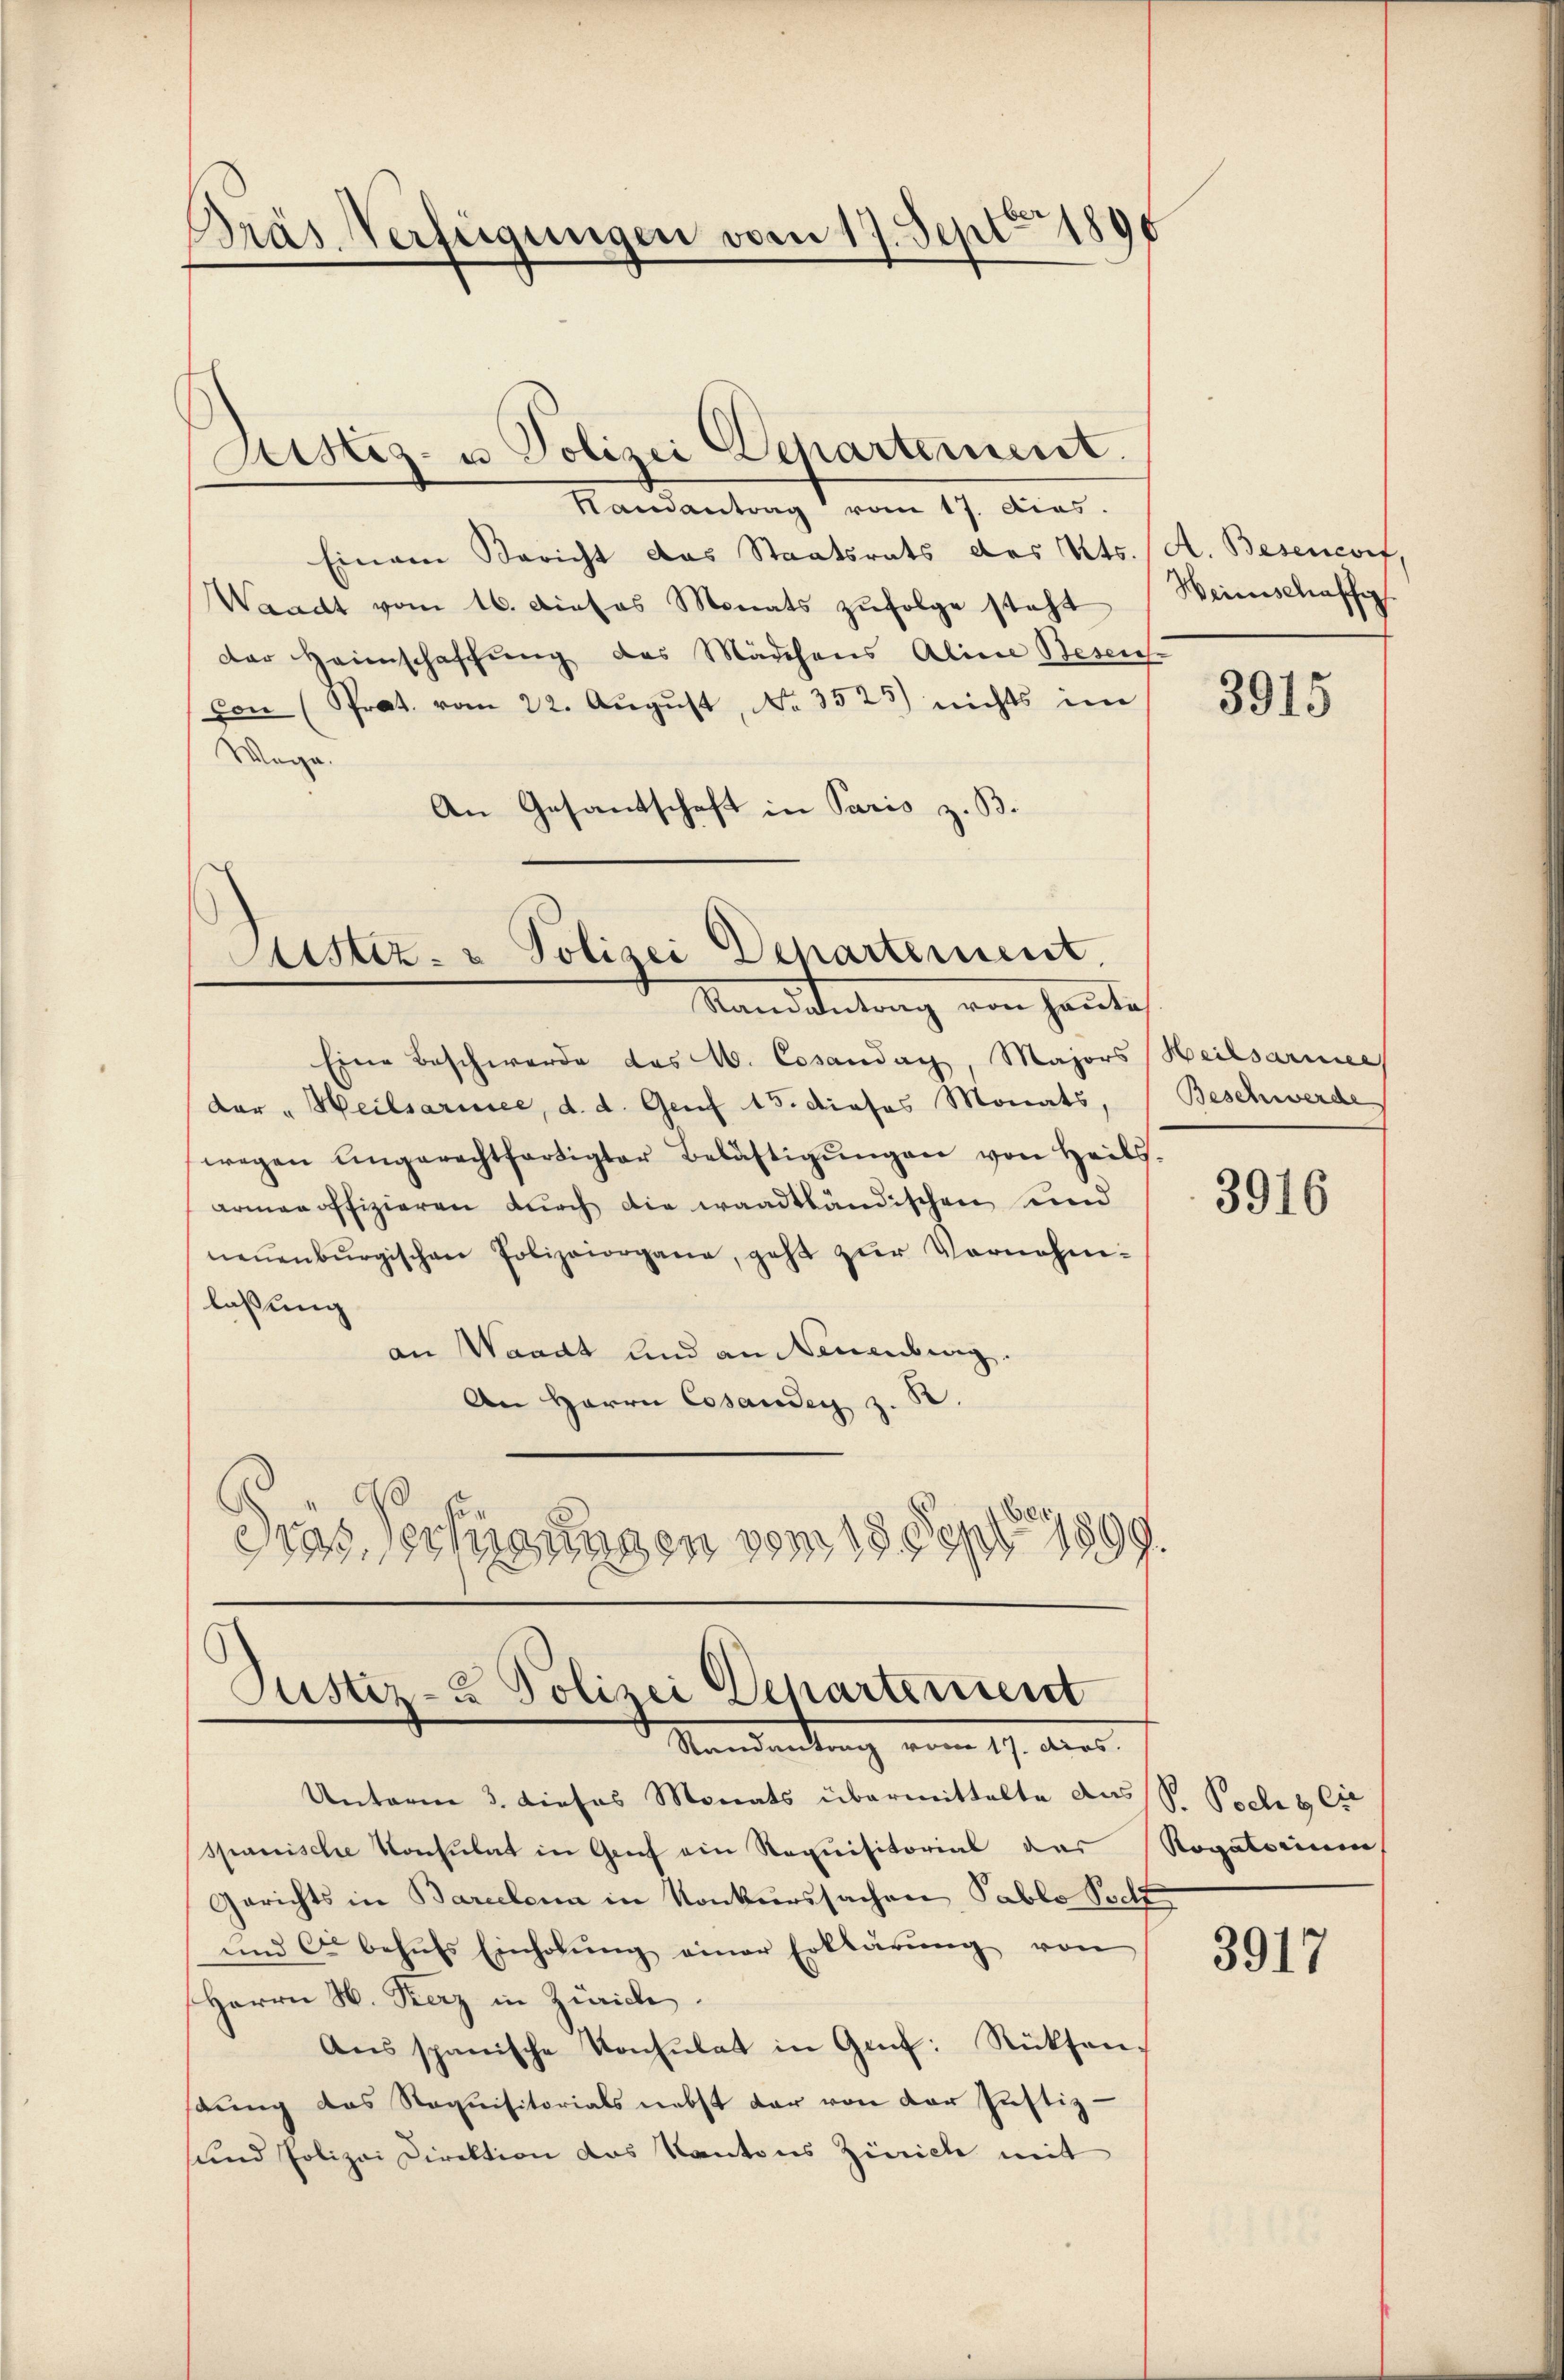
Präs. Verfügungen vom 17. Sept. 1890

Randantrag vom 17. dies
Einem Bericht das Staatsrats des Kts. / A. Besendorf,
Waadt vom 16. Dieses Monats zufolge steht
der Heimschaffung des Mädchens Aline Besen-
von (Prat. vom 22. August, No. 3525) nichts im
Wege.
An Gesandtschaft in Paris z. B.

Justiz- u Polizei Departement.

Justiz- & Polizei Departement.
Standantung von heute

Eine Beschwerde das W. Cesandach, Majors Heilsarmee
dar "Heilsarmee, d. d. Genf 15. dieses Monats,
wegen engerechtfertigter Belästigŭngen von Heils.
armenoffizieren durch die waadtländischen und
neṅenbŭrgischen Polizeiorgane, geht zur Vornehmlassung
an Waadt und an Neuenburg.
An Herrn Cesanden z. B.
Dras Verfügungen vom 18. Sept. 1899.

Justiz- & Polizei Departement
Vandantung vom 17. Aug.

Unterm 3. dieses Monats übermittelte das S. Seelis Cit
spanische Konsulat in Grief ein Requisitorial das Rogatorium
Gerichts in Barcelena in Konkurssachen Pablo Sollt
und c behŭfs Einholŭng einer Erklärŭng von
Herrn H. Herz in Zürich
Ans spanische Konsulat in Gef: Rücksenstung das Noquisitorials nebst dar von der Justiz-
sund Polizei Direktion das Kantons Zürich mit

Heimschaffig

3915

Beschwerde

3916

3917